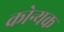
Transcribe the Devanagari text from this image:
कोन्यक